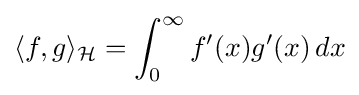
\langle f,g\rangle _{\mathcal {H}}=\int _{0}^{\infty }f'(x)g'(x)\,dx